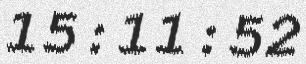
15:11:52